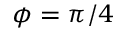
\phi = \pi / 4